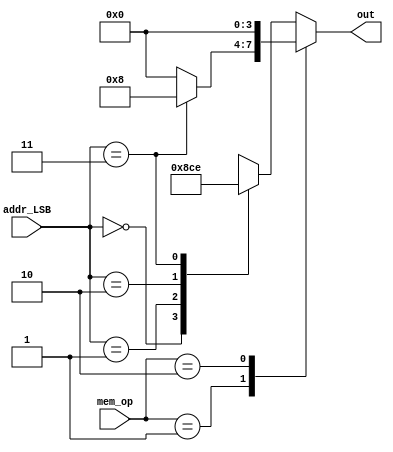
/*********************************************************
 *
 *  Module: InputToAdders.v
 *  Project: Hunter_RV32
 *  Description: Output is either 0 or 1 depending on whether data read or write is aligned or not
 *
 *********************************************************/
`timescale 1ns/1ns

module InputToAdders (mem_op, addr_LSB, out);
    
    input       [1:0]   mem_op; 
    input       [1:0]   addr_LSB; 
    output reg  [3:0]   out;
    
    always @ (*) begin
        
        case (mem_op) 
            2'b00: //lw
            begin
                case (addr_LSB)
                    2'b00:  out = 4'b0000; 	//the whole word will be stored in addr[31:2]
                    2'b01:  out = 4'b1000;	//The most significant byte will be stored in the following word (bank 0)
                    2'b10:  out = 4'b1100;	//the most significant half word will be stored in the following word (bank 0 & 1)
                    2'b11:  out = 4'b1110;	//The least significant word only will be stored in the given address (bank3)
                    default: out = 4'b0000;
                endcase
            end
            2'b01: //sh
            begin
                if (addr_LSB == 2'b11)
                    out = 4'b1000;		//The most significant byte will be stored in the following word (bank 0)
                else
                    out = 4'b0000;
            end
            2'b10: //sb
                out = 4'd0;
            default: 
            begin
                case (addr_LSB) //sw
                    2'b00:  out = 4'b0000;	//the whole word will be read from addr[31:2]
                    2'b01:  out = 4'b1000;	//The most significant byte will be read from the following word
                    2'b10:  out = 4'b1100;	//the most significant half word will be read from the following word
                    2'b11:  out = 4'b1110;	//The least significant word only will be read from the given address
                    default: out = 4'b0000;
                endcase
            end
        endcase
    end
        
endmodule